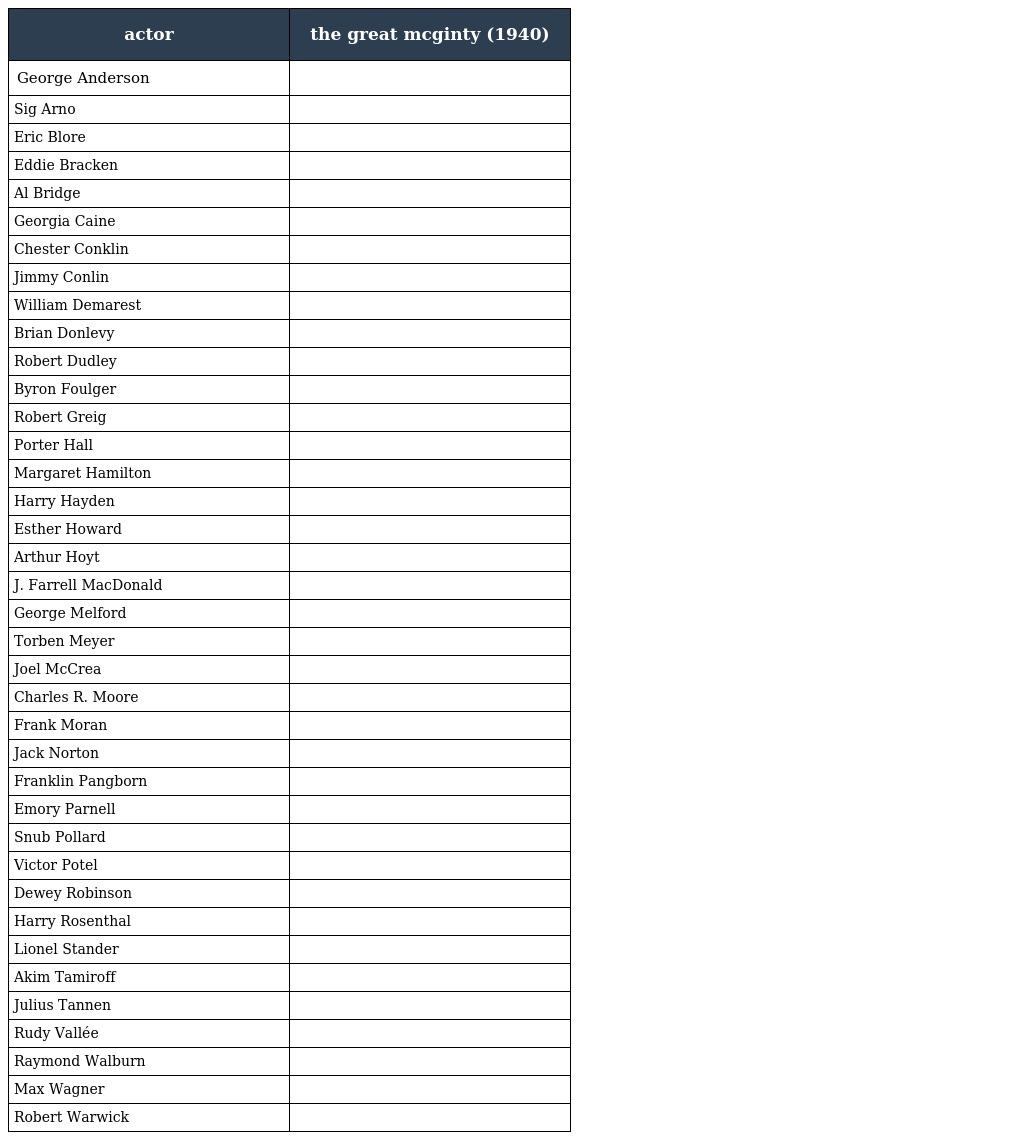
| actor | the great mcginty (1940) |
 | --- | --- |
 | George Anderson |  |
 | Sig Arno |  |
 | Eric Blore |  |
 | Eddie Bracken |  |
 | Al Bridge |  |
 | Georgia Caine |  |
 | Chester Conklin |  |
 | Jimmy Conlin |  |
 | William Demarest |  |
 | Brian Donlevy |  |
 | Robert Dudley |  |
 | Byron Foulger |  |
 | Robert Greig |  |
 | Porter Hall |  |
 | Margaret Hamilton |  |
 | Harry Hayden |  |
 | Esther Howard |  |
 | Arthur Hoyt |  |
 | J. Farrell MacDonald |  |
 | George Melford |  |
 | Torben Meyer |  |
 | Joel McCrea |  |
 | Charles R. Moore |  |
 | Frank Moran |  |
 | Jack Norton |  |
 | Franklin Pangborn |  |
 | Emory Parnell |  |
 | Snub Pollard |  |
 | Victor Potel |  |
 | Dewey Robinson |  |
 | Harry Rosenthal |  |
 | Lionel Stander |  |
 | Akim Tamiroff |  |
 | Julius Tannen |  |
 | Rudy Vallée |  |
 | Raymond Walburn |  |
 | Max Wagner |  |
 | Robert Warwick |  |